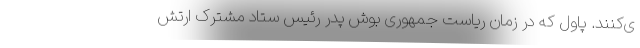
ی‌کنند. پاول که در زمان ریاست جمهوری بوش پدر رئیس ستاد مشترک ارتش